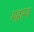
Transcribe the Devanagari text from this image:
महाम्य